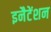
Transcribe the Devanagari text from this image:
इनैटेंशन